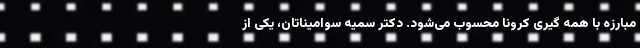
مبارزه با همه گیری کرونا محسوب می‌شود. دکتر سمیه سوامیناتان، یکی از